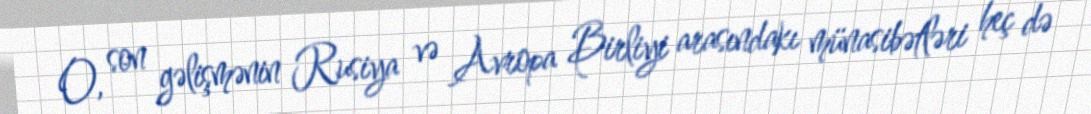
O, son gəlişmənin Rusiya və Avropa Birliyi arasındakı münasibətləri heç də